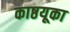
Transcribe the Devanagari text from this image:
काष्ठयूका